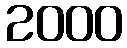
2000